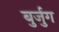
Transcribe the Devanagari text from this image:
बुर्जुग